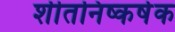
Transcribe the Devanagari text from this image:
शीतनिष्कर्षक